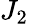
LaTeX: J_{2}